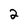
Character: 2